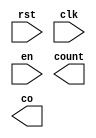
module count_6(
    input wire rst,
    input wire clk,
    input wire en,
    output reg [3:0] count,
    output reg co
);
    
endmodule